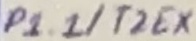
Text: P1.1/T2EX